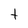
Character: t